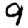
Digit: 9